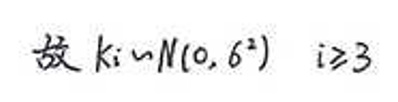
故 $k_i\sim N(0,6^2)\quad i\geq3$